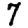
Digit: 7